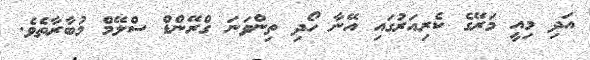
އަދި މިއީ މަރޭގެ ކެރިއަރުގައި އޭނާ ހޯދި ތިންވަނަ ގްރޭންޑް ސްލޭމް މުބާރާތެވެ.